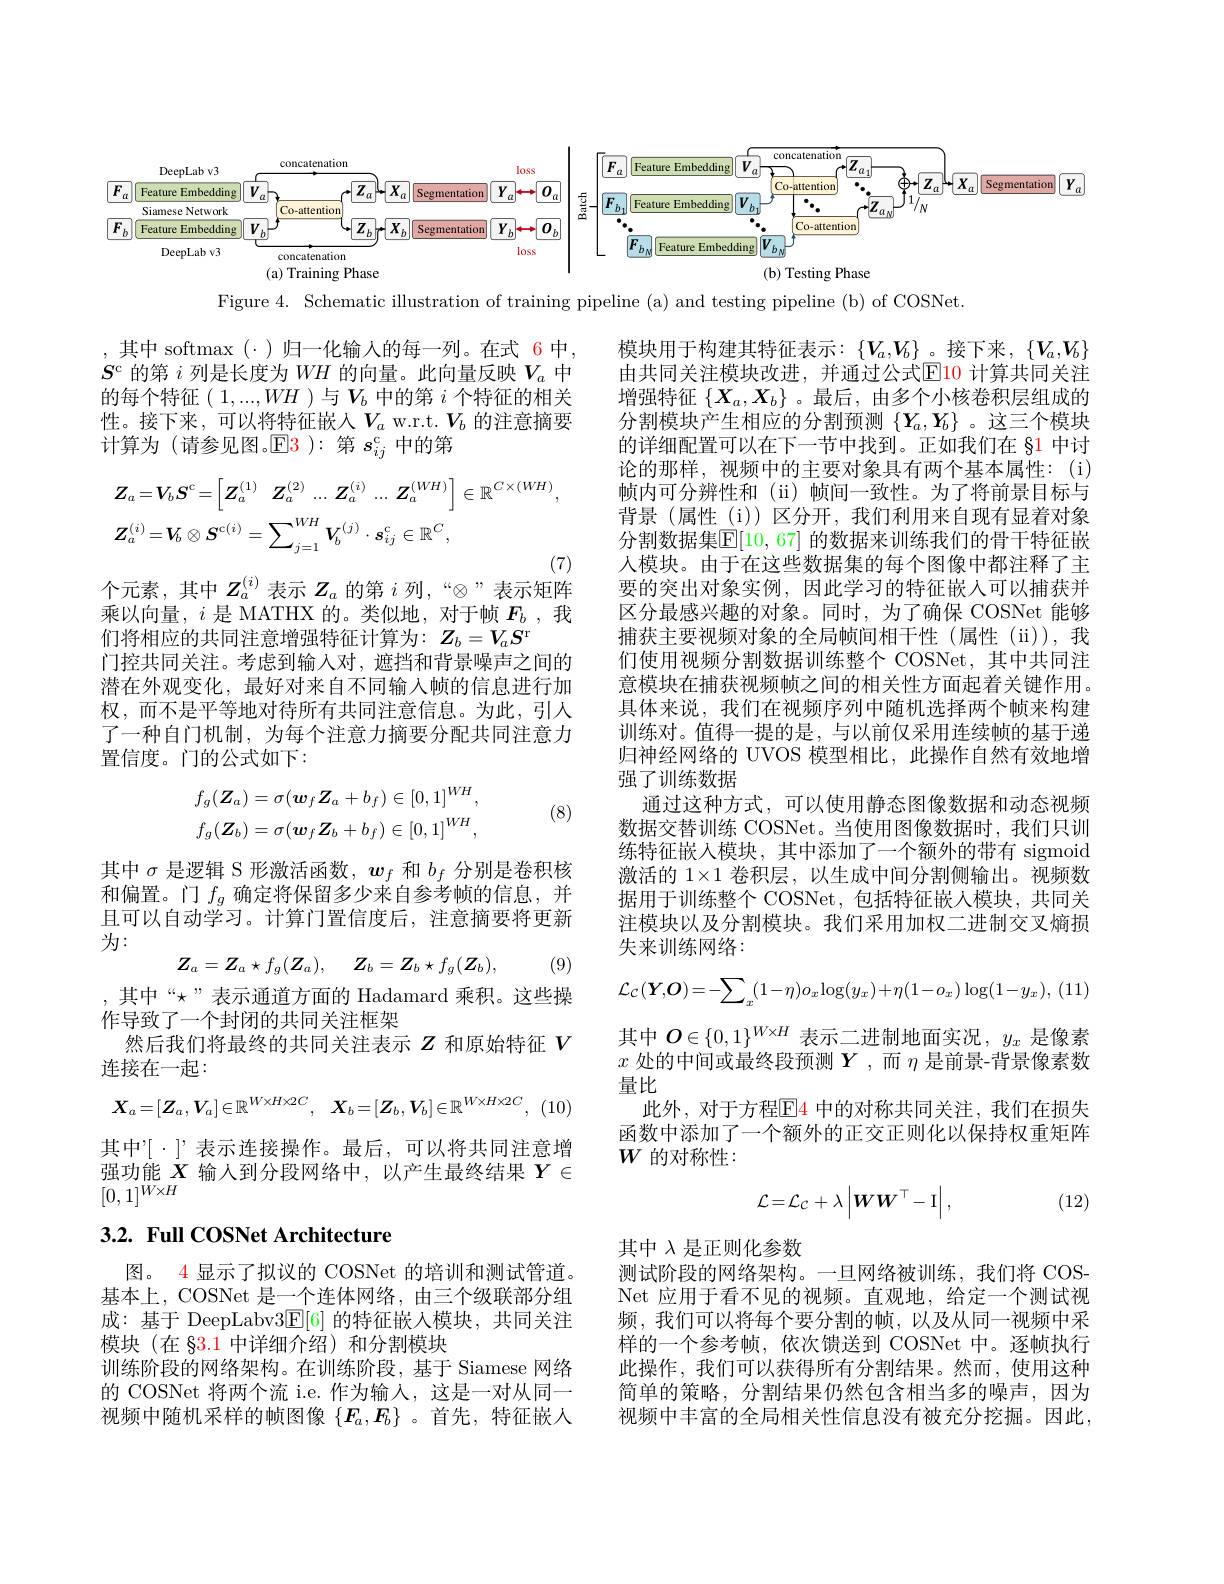
<FigureHere>

Figure 4. Schematic illustration of training pipeline (a) and testing pipeline (b) of COSNet.

,其中 softmax(·)归一化输入的每一列。在式 6 中， $S^\mathrm{c}$的第$i$列是长度为$WH$的向量。此向量反映$V_a$中的每个特征(1,...,WH)与$V_b$中的第$i$个特征的相关性。接下来，可以将特征嵌人$V_a$ w.r.t.$V_b$ 的注意摘要计算为(请参见图。$\mathbb{E}\color{red}3):$第$s_ij^\mathrm{c}$中的第
$$\begin{aligned}&\boldsymbol{Z}_{a}=\boldsymbol{V}_{b}\boldsymbol{S}^{\mathrm{c}}=\begin{bmatrix}\boldsymbol{Z}_{a}^{(1)}&\boldsymbol{Z}_{a}^{(2)}&\ldots&\boldsymbol{Z}_{a}^{(i)}&\ldots&\boldsymbol{Z}_{a}^{(WH)}\end{bmatrix}\in\mathbb{R}^{C\times(WH)},\\&\boldsymbol{Z}_{a}^{(i)}=\boldsymbol{V}_{b}\otimes\boldsymbol{S}^{\mathrm{c}(i)}=\sum_{j=1}^{WH}\boldsymbol{V}_{b}^{(j)}\cdot\boldsymbol{s}_{ij}^{\mathrm{c}}\in\mathbb{R}^{C},\end{aligned}$$
个元素，其中$Z_a^{(i)}$表示$Z_a$的第$i$列，“$\otimes$”表示矩阵

乘以向量，$i$是 MATHX 的。类似地，对于帧$F_b$,我
们将相应的共同注意增强特征计算为：$Z_b=V_aS^\mathrm{r}$
门控共同关注。考虑到输入对，遮挡和背景噪声之间的潜在外观变化，最好对来自不同输入帧的信息进行加权，而不是平等地对待所有共同注意信息。为此，引入了一种自门机制，为每个注意力摘要分配共同注意力置信度。门的公式如下：

模块用于构建其特征表示：$\{V_a,V_b\}$。接下来，$\{V_a,V_b\}$ 由共同关注模块改进，并通过公式$\mathbb{E}$10 计算共同关注增强特征$\{X_a,X_b\}$ 。最后 , 由多个小核卷积层组成的分割模块产生相应的分割预测$\{Y_a,Y_b\}$ 。这三个模块的详细配置可以在下一节中找到。正如我们在 §1 中讨论的那样，视频中的主要对象具有两个基本属性：(i) 帧内可分辨性和(ii)帧间一致性。为了将前景目标与背景(属性(i))区分开，我们利用来自现有显着对象分割数据集$\overline{\mathbb{E}}[10,67]$ 的数据来训练我们的骨干特征嵌人模块。由于在这些数据集的每个图像中都注释了主要的突出对象实例，因此学习的特征嵌人可以捕获并区分最感兴趣的对象。同时，为了确保 COSNet 能够捕获主要视频对象的全局帧间相干性(属性(ii)),我们使用视频分割数据训练整个 COSNet, 其中共同注意模块在捕获视频帧之间的相关性方面起着关键作用。具体来说，我们在视频序列中随机选择两个帧来构建训练对。值得一提的是，与以前仅采用连续帧的基于递归神经网络的 UVOS 模型相比，此操作自然有效地增强了训练数据
通过这种方式，可以使用静态图像数据和动态视频数据交替训练 COSNet。当使用图像数据时，我们只训练特征嵌入模块，其中添加了一个额外的带有 sigmoid 激活的$1\times1$卷积层，以生成中间分割侧输出。视频数据用于训练整个 COSNet, 包括特征嵌人模块，共同关注模块以及分割模块。我们采用加权二进制交叉熵损失来训练网络：
$$\mathcal{L}_{\mathcal{C}}(\boldsymbol{Y},\boldsymbol{O})=-\sum_{x}(1-\eta)o_{x}\log(y_{x})+\eta(1-o_{x})\log(1-y_{x}),\:(1]$$
其中$O\in\{0,1\}^{W\times H}$表示二进制地面实况，$y_x$是像素$x$处的中间或最终段预测$\boldsymbol{Y}$,而$\eta$是前景-背景像素数量比
此外，对于方程$\boxed{\color{red}{4}}$ 中的对称共同关注，我们在损失函数中添加了一个额外的正交正则化以保持权重矩阵$W$的对称性：
$$f_{g}(\boldsymbol{Z}_{a})=\sigma(\boldsymbol{w}_{f}\boldsymbol{Z}_{a}+b_{f})\in[0,1]^{WH},\\f_{g}(\boldsymbol{Z}_{b})=\sigma(\boldsymbol{w}_{f}\boldsymbol{Z}_{b}+b_{f})\in[0,1]^{WH},$$
(8)

其中$\sigma$是逻辑 S 形激活函数，$w_f$和$b_f$分别是卷积核和偏置。门$f_g$确定将保留多少来自参考帧的信息，并且可以自动学习。计算门置信度后，注意摘要将更新为：
$$\boldsymbol{Z}_a=\boldsymbol{Z}_a\star f_g(\boldsymbol{Z}_a),\quad\boldsymbol{Z}_b=\boldsymbol{Z}_b\star f_g(\boldsymbol{Z}_b),$$
(9)

,其中“$\star”表示通道方面的$ Hadamard 乘积。这些操
作导致了一个封闭的共同关注框架
然后我们将最终的共同关注表示$Z$和原始特征$V$
连接在一起：
$$X_{a}=[\boldsymbol{Z}_{a},\boldsymbol{V}_{a}]\in\mathbb{R}^{W\times H\times2C},\quad\boldsymbol{X}_{b}=[\boldsymbol{Z}_{b},\boldsymbol{V}_{b}]\in\mathbb{R}^{W\times H\times2C},$$
其中$^{\prime}[\cdot]^{\prime}$表示连接操作。最后，可以将共同注意增$\begin{array}{l}\text{强功能 }X&\text{输人到分段网络中，以产生最终结果 }Y\in\\[0,1]^{W\times H}\end{array}$
$$\mathcal{L}=\mathcal{L}_{\mathcal{C}}+\lambda\left|\boldsymbol{W}\boldsymbol{W}^{\top}-\mathbf{I}\right|,$$
(12)

## 3.2. Full COSNet Architecture

其中$\lambda$是正则化参数
测试阶段的网络架构。一旦网络被训练，我们将 COSNet 应用于看不见的视频。直观地，给定一个测试视频，我们可以将每个要分割的帧，以及从同一视频中采样的一个参考帧，依次馈送到 COSNet 中。逐帧执行此操作，我们可以获得所有分割结果。然而，使用这种简单的策略，分割结果仍然包含相当多的噪声，因为视频中丰富的全局相关性信息没有被充分挖掘。因此，

图。4 显示了拟议的 COSNet 的培训和测试管道。基本上，COSNet 是一个连体网络，由三个级联部分组成：基于 DeepLabv3E[6] 的特征嵌入模块，共同关注模块(在 §3.1 中详细介绍) 和分割模块
训练阶段的网络架构。在训练阶段，基于 Siamese 网络的 COSNet 将两个流 i.e. 作为输入，这是一对从同一视频中随机采样的帧图像$\{F_a,F_b\}$ 。首先，特征嵌人